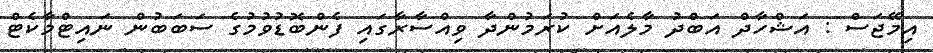
އިމޭޖަސް : އަޝްހާދް އަބްދު މާލެއަށް ކުރަމުންދާ ވިއްސާރާގައި ފެންބޮޑުވުމުގެ ސަބަބުން ނައިޓްމާކެޓް